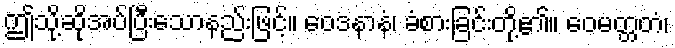
ဤသို့ဆိုအပ်ပြီးသောနည်းဖြင့်။ ဝေဒနာနံ၊ ခံစားခြင်းတို့၏။ ဝေမတ္တတံ၊